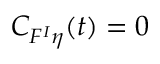
C _ { F ^ { I } \eta } ( t ) = 0